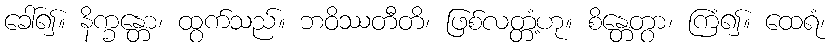
ခေါ်၍။ နိက္ခန္တော၊ ထွက်သည်။ ဘဝိဿတီတိ၊ ဖြစ်လတ္တံ့ဟု။ စိန္တေတွာ၊ ကြံ၍။ ထေရံ၊